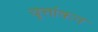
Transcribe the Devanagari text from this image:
वृत्तांकन